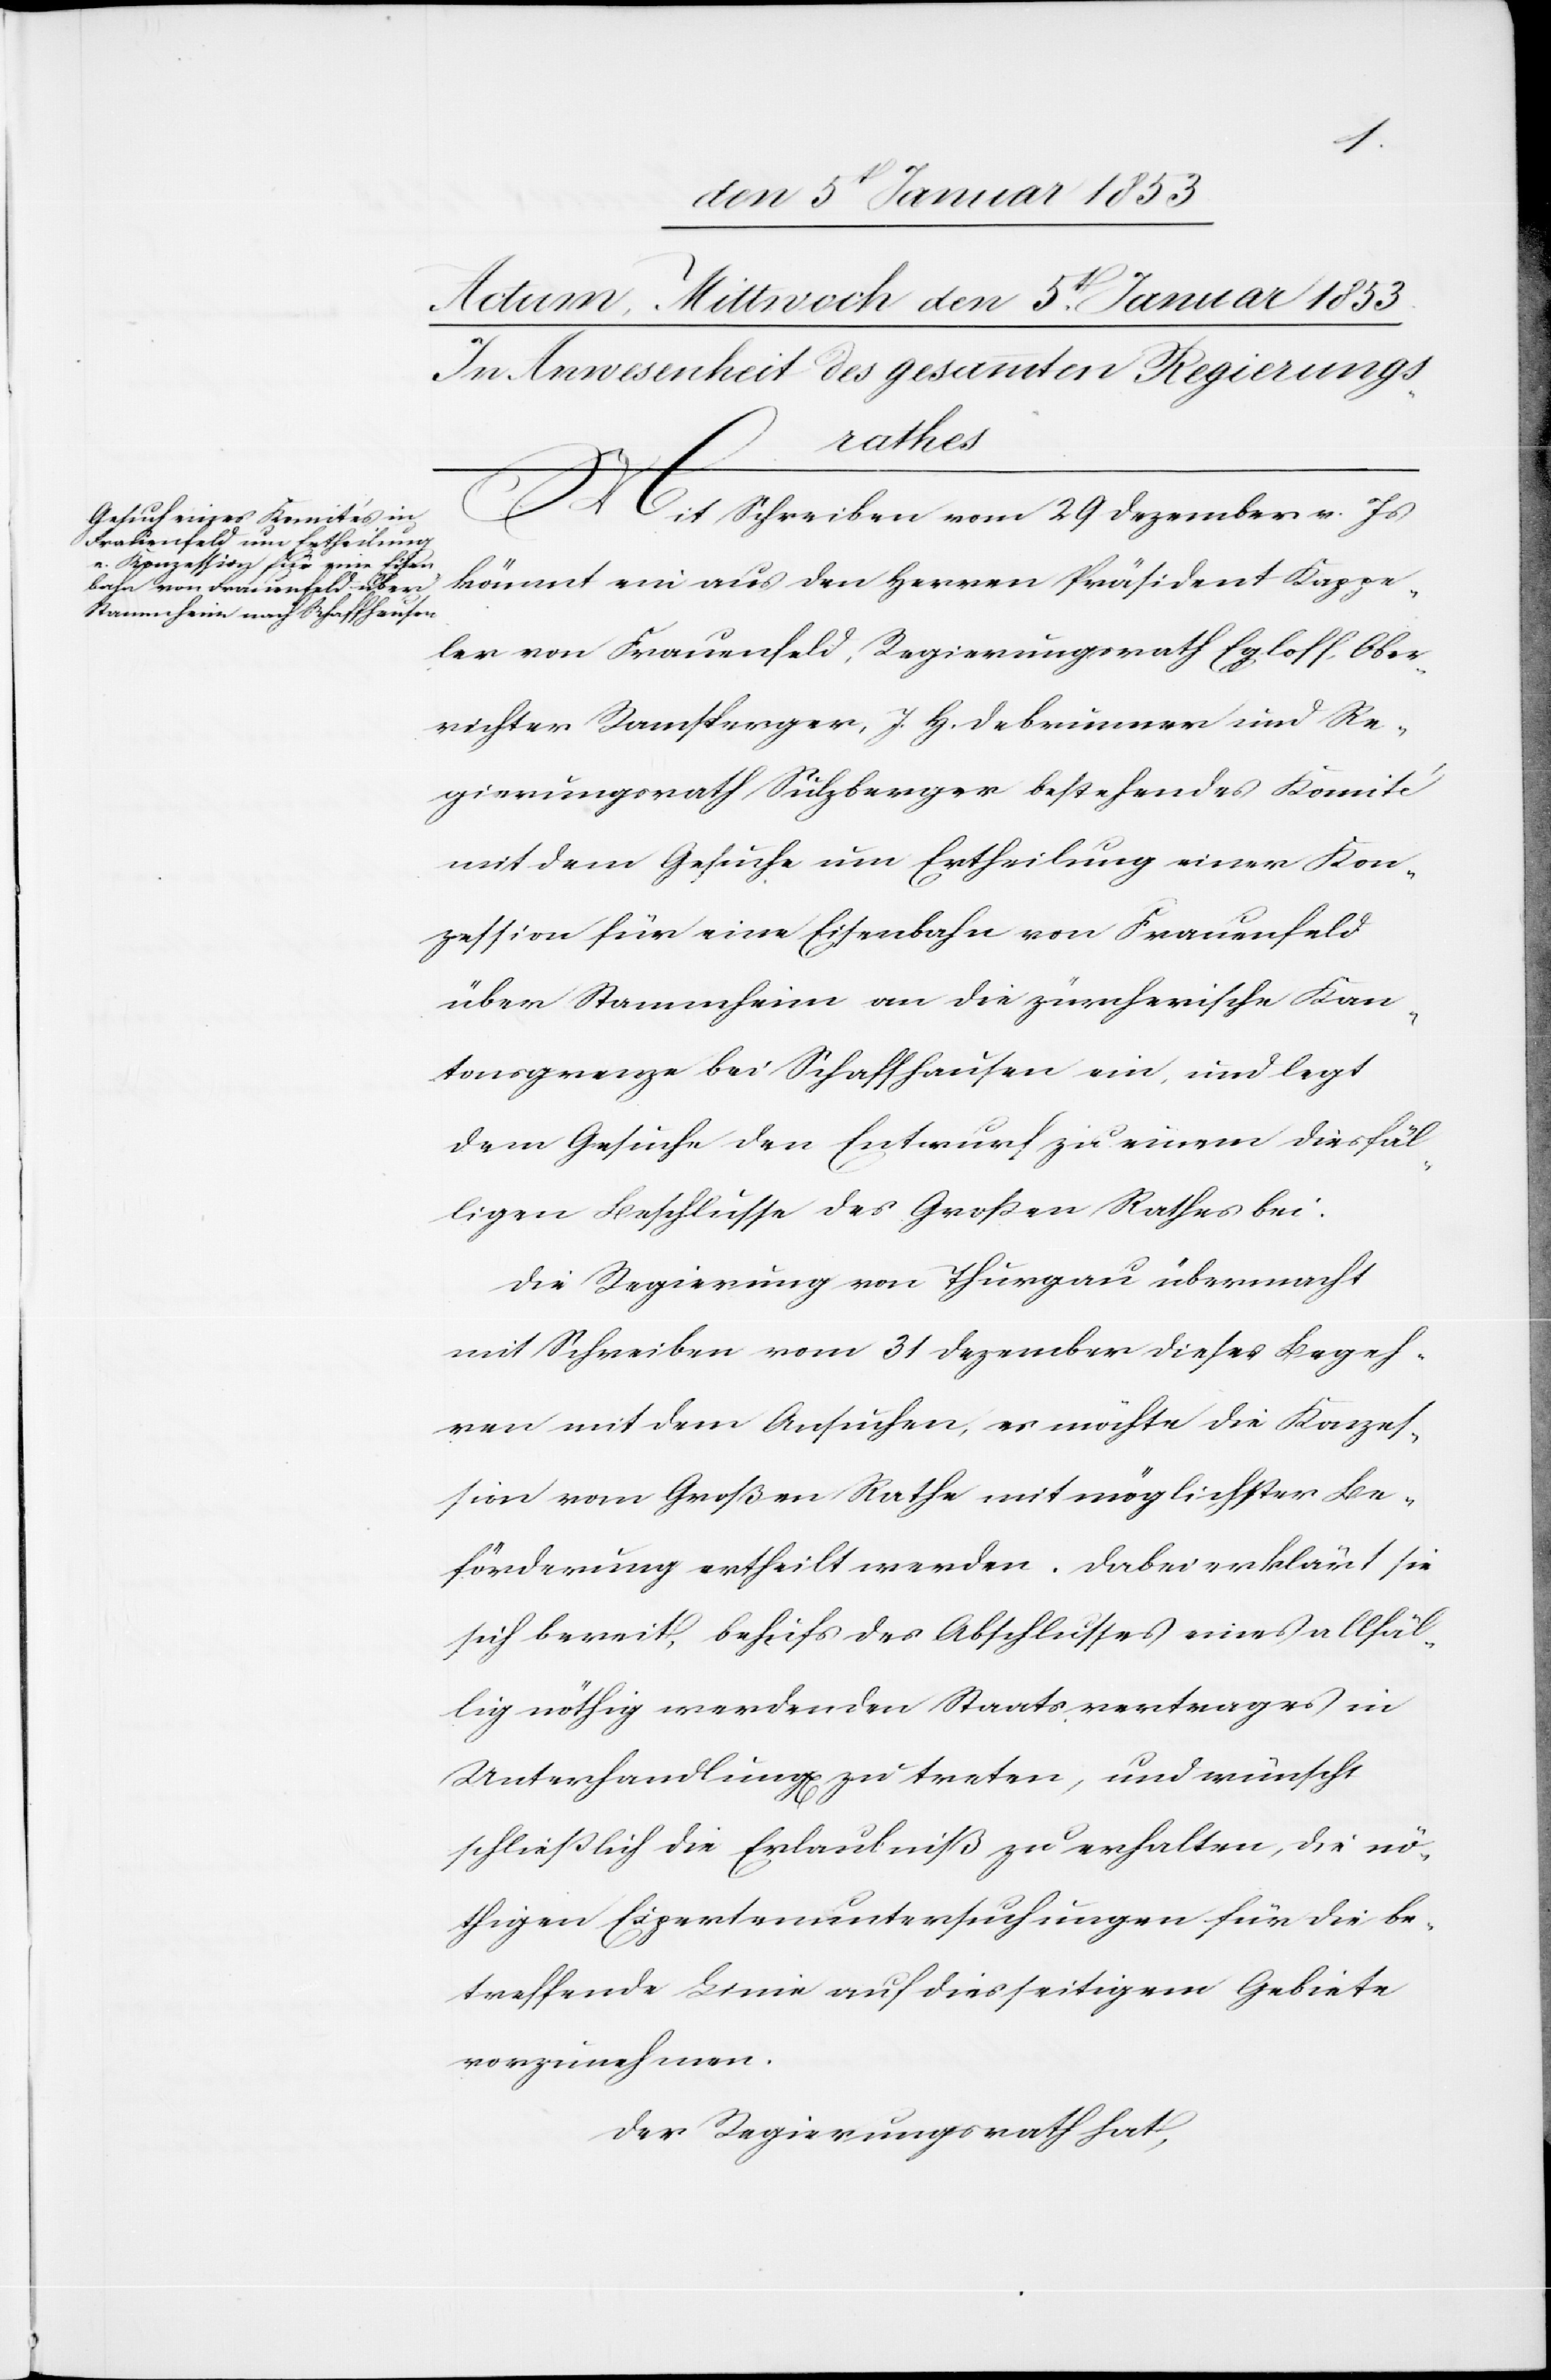
Mit Schreiben vom 29. Dezember v. Js.
kömmt ein aus den Herren Präsident Kappe¬
ler von Frauenfeld, Regierungsrath Egloff, Ober¬
richter Ramsperger, J. H. Debrunner und Re¬
gierungsrath Sulzberger bestehendes Komité
mit dem Gesuche um Ertheilung einer Kon¬
zession für eine Eisenbahn von Frauenfeld
über Stammheim an die zürcherische Kan¬
tonsgrenze bei Schaffhausen ein, und legt
dem Gesuche den Entwurf zu einem diesfäl¬
ligen Entschlusse des Großen Rathes bei.
Die Regierung von Thurgau übermacht
mit Schreiben von 31. Dezember dieses Begeh¬
ren mit dem Ansuchen, es möchte die Konzes¬
sion vom Großen Rathe mit möglichster Be¬
förderung ertheilt werden. Dabei erklärt sie
sich bereit, behufs des Abschlusses eines allfäl¬
lig nöthig werdenden Staatsvertrages in
Unterhandlung[en] zu treten, und wünscht
schließlich die Erlaubniß zu erhalten, die nö¬
thigen Expertenuntersuchungen für die be¬
treffende Linie auf diesseitigem Gebiete
vorzunehmen.
Der Regierungsrath hat,